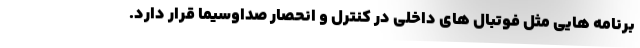
برنامه هایی مثل فوتبال های داخلی در کنترل و انحصار صداوسیما قرار دارد.